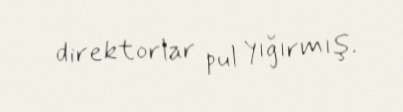
direktorlar pul yığırmış.